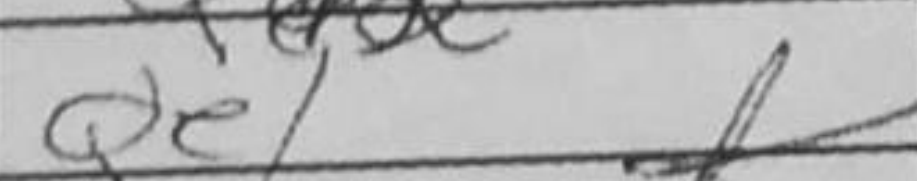
Transcription: Qe1